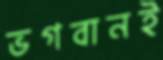
ভগবানই